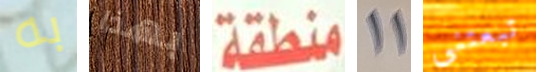
به بهذا منطقة 11 تبعتني